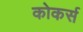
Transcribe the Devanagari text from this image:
कोकर्स